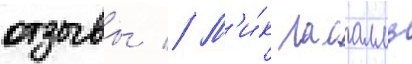
отзывы // М'и́к ласалль